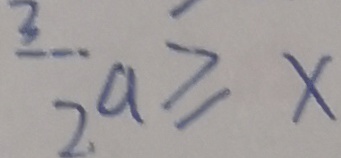
\frac { 3 } { 2 } a \geq x